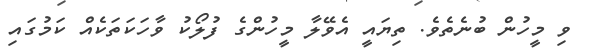
ވި މީހުން ބުނެތެވެ. ތިޔައީ އެވޭލާ މީހުންގެ ފުލޯކު ވާހަކަތަކެއް ކަމުގައި